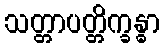
သတ္တာပတ္တိက္ခန္ဓာ